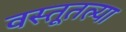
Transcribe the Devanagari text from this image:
वस्तूतल्या